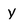
Character: y